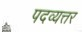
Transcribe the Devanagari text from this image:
पदव्यत्तर